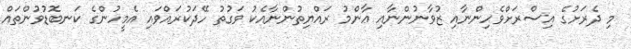
މި ދެރަށުގެ އިސްރަށްވެހިންނާއި ޒުވާނުންނާއި ޢާންމު ރައްޔިތުންނާއެކު ވަގުތު ހޭދަކުރައްވައި އެމީހުންގެ ކަނބޮޑުވުންތައް